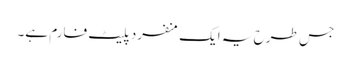
جس طرح یہ ایک منفرد پلیٹ فارم ہے۔